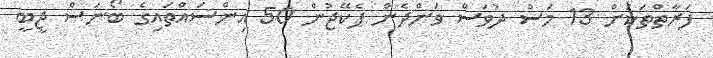
ފަރާތްތަކަށް 13 މަސް ދުވަސް ވަންދެން ޕެކޭޖުން 50 އިންސައްތައިގެ ބޯނަސް ޖީބީ